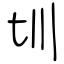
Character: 圳